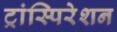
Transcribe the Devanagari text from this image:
ट्रांस्पिरेशन